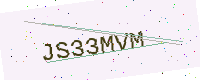
Text: JS33MVM